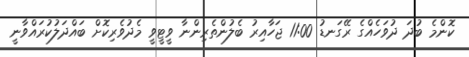
ކޮންމެ ބުދަ ދުވަހެއްގެ ރޭގަނޑު 11:00 ޖަހާއިރު ބެލުންތެރިންނާ ވީޓީވީ މެދުވެރިކޮށް ބައްދަލުކުރައްވާނީ